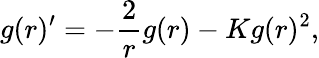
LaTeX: g(r)^{\prime}=-\frac{2}{r}g(r)-Kg(r)^{2},